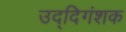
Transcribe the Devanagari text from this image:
उद्दिगंशक